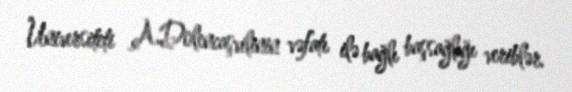
Universiteti A.Dolencaşvilinin vəfatı ilə bağlı başsağlığı veriblər.